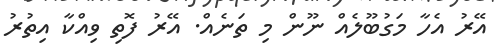
އޭރު އެހާ މަގުބޫލެއް ނޫން މި ތަނެއް. އޭރު ފޮތި ވިއްކާ އިތުރު